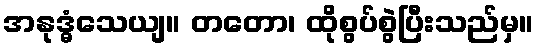
အနုဒ္ဓံသေယျ။ တတော၊ ထိုစွပ်စွဲပြီးသည်မှ။